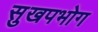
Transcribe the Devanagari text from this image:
सुखपभोग